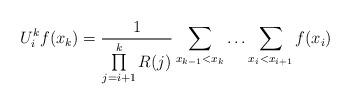
LaTeX: \begin{align*} U^k_i f(x_k) = \frac{1}{\prod\limits_{j=i+1}^kR(j)} \sum\limits_{x_{k-1}<x_k}\ldots\sum\limits_{x_{i}<x_{i+1}} f(x_i)\end{align*}